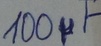
Text: 100µF